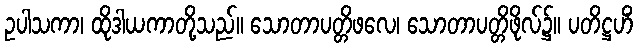
ဥပါသကာ၊ ထိုဒါယကာတို့သည်။ သောတာပတ္တိဖလေ၊ သောတာပတ္တိဖိုလ်၌။ ပတိဋ္ဌဟိံ